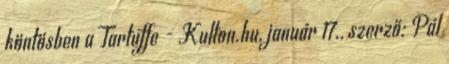
köntösben a Tartuffe - Kulton.hu, január 17., szerző: Pál